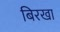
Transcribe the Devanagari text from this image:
बिरखा